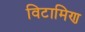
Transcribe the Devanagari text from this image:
विटामिण